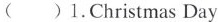
( )1.Christmas Day